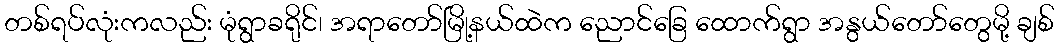
တစ်ရပ်လုံးကလည်း မုံရွာခရိုင်၊ အရာတော်မြို့နယ်ထဲက ညောင်ခြေ ထောက်ရွာ အနွယ်တော်တွေမို့ ချစ်